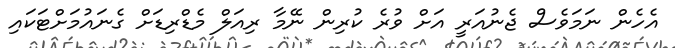
އެހެން ނަމަވެސް ޖެނުއަރީ އަށް ވުރެ ކުރިން ނޭމާ ރިއަލް މެޑްރިޑަށް ގެނައުމަށްޓަކައި